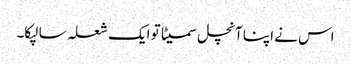
اس نے اپنا آنچل سمیٹا تو ایک شعلہ سا لپکا۔